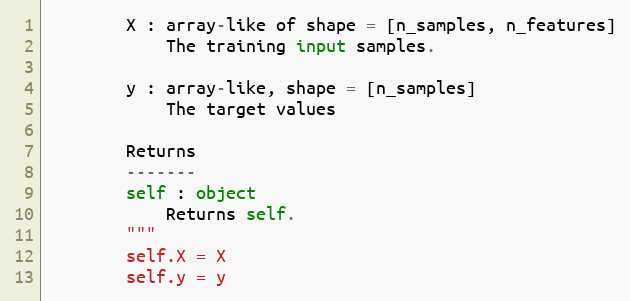
Language: Python
        X : array-like of shape = [n_samples, n_features]
            The training input samples.

        y : array-like, shape = [n_samples]
            The target values

        Returns
        -------
        self : object
            Returns self.
        """
        self.X = X
        self.y = y